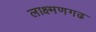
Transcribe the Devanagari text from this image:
लाक्ष्मणगढ